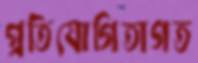
প্রতিযোগিতাগত